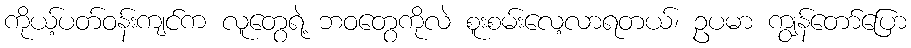
ကိုယ့်ပတ်ဝန်းကျင်က လူတွေရဲ့ ဘဝတွေကိုလဲ စူးစမ်းလေ့လာရတယ်၊ ဥပမာ ကျွန်တော်ပြော